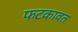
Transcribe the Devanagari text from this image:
फटकावत